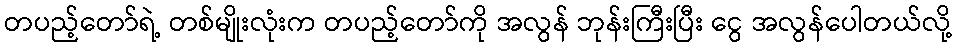
တပည့်တော်ရဲ့ တစ်မျိုးလုံးက တပည့်တော်ကို အလွန် ဘုန်းကြီးပြီး ငွေ အလွန်ပေါတယ်လို့